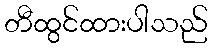
တီထွင်ထားပါသည်